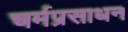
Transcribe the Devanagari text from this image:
चर्मप्रसाधन